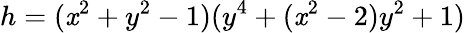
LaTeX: h=(\mathit{x}^{2}+y^{2}-1)(y^{4}+(\mathit{x}^{2}-2)y^{2}+1)